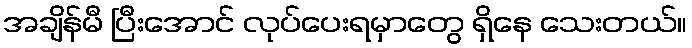
အချိန်မီ ပြီးအောင် လုပ်ပေးရမှာတွေ ရှိနေ သေးတယ်။